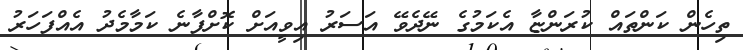
ތިހެން ކަންތައް ކުރަންޏާ އެކަމުގެ ނޭދެވޭ އަސަރު އިވީއަށް ކޮށްފާނެ ކަމާމެދު އެއްފަހަރު